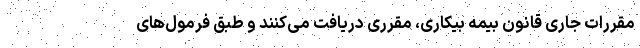
مقررات جاری قانون بیمه بیکاری، مقرری دریافت می‌کنند و طبق فرمول‌های